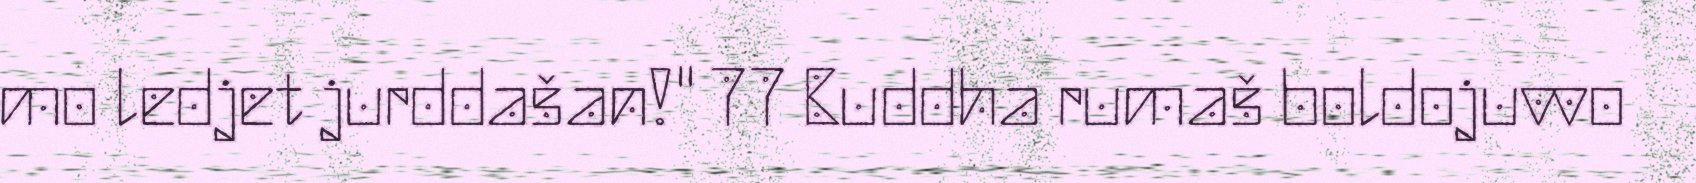
mo ledjet jurddašan!" 77 Buddha rumaš boldojuvvo